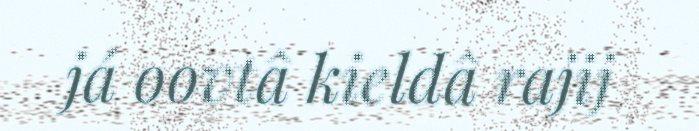
já oovtâ kieldâ rajij